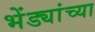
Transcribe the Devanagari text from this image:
भेंड्यांच्या